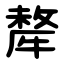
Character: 犛